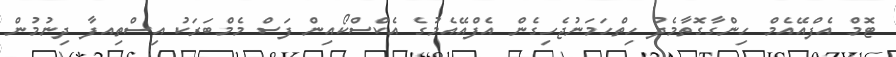
ޓޮމް އެފްއޭއެމް ހިންގާގޮތާމެދު ހިތްހަމަނުޖެހިގެން އެފްއޭއެމުގެ އެކްސްކޯއިން ފަސް މެމްބަރަކު އިސްތިއފާ ދިނުމުން